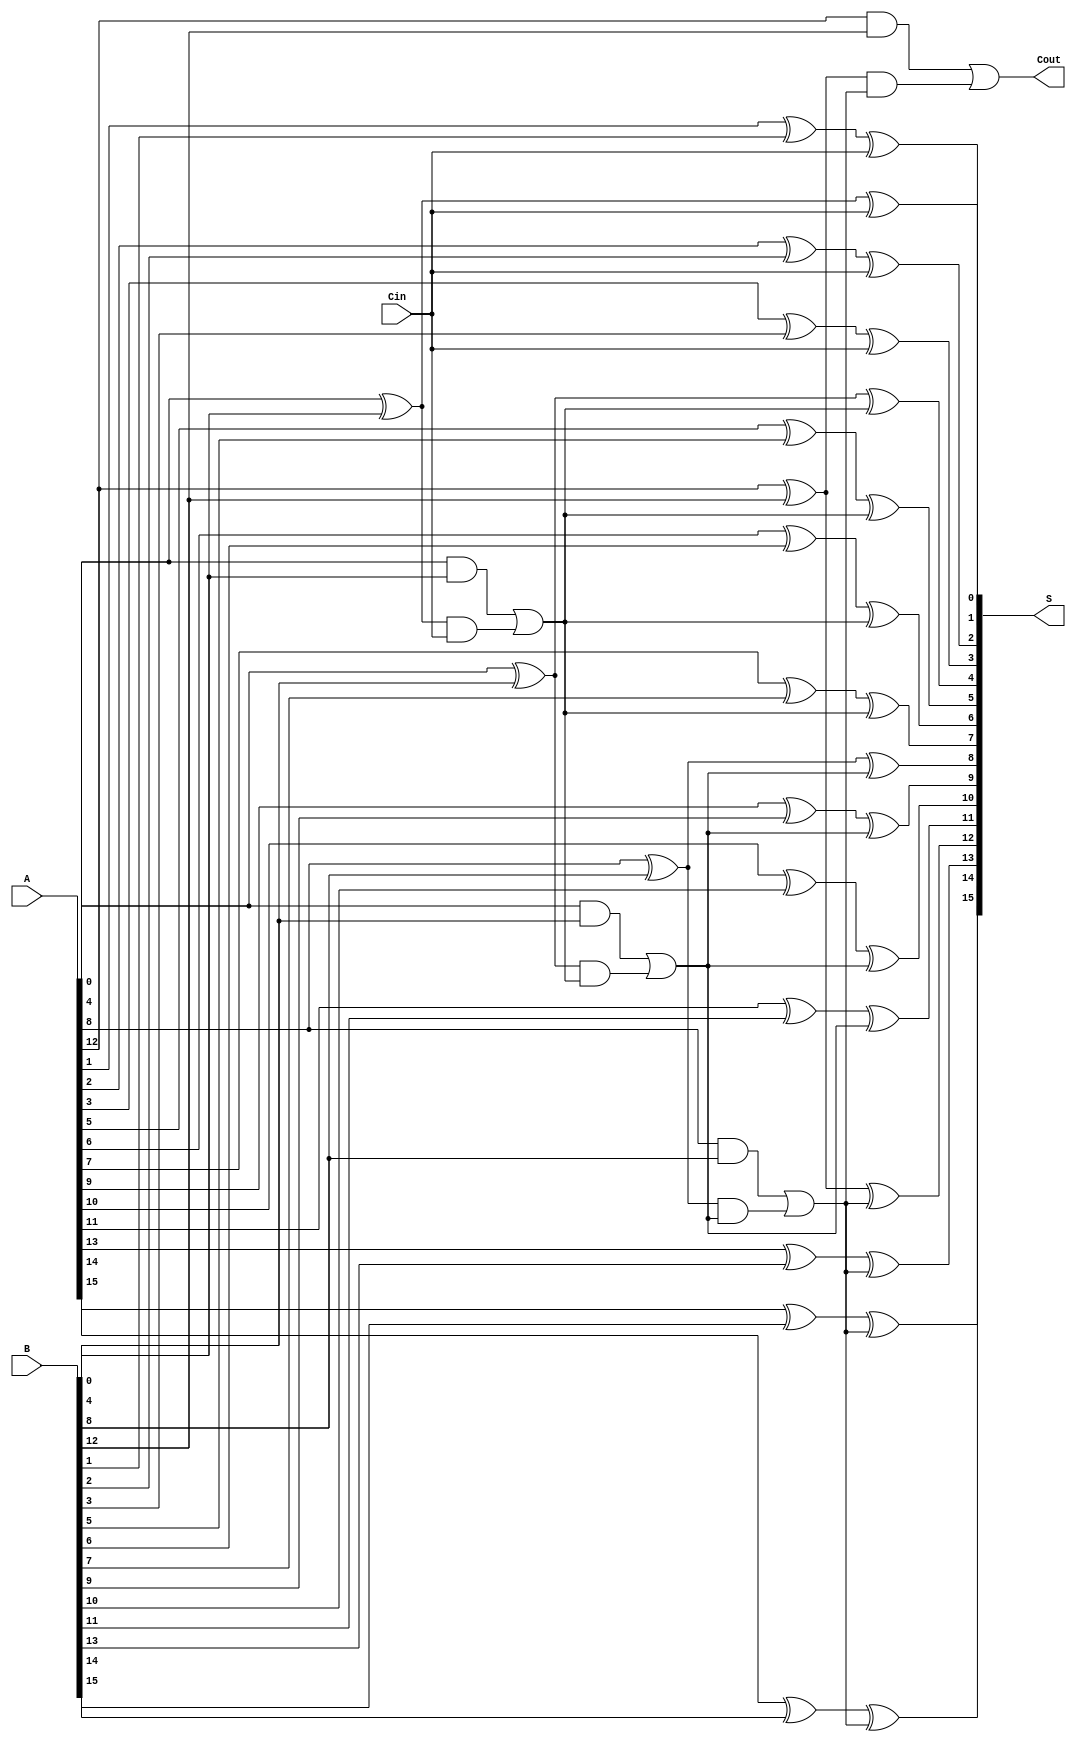
module han_carlson_adder #(parameter N = 16, parameter BLOCK_SIZE = 4) (
    input  [N-1:0] A,
    input  [N-1:0] B,
    input          Cin,
    output [N-1:0] S,
    output         Cout
);

    // Number of blocks
    localparam NUM_BLOCKS = N / BLOCK_SIZE;

    // Generate and propagate signals
    wire [BLOCK_SIZE-1:0] G [0:NUM_BLOCKS-1]; // Generate signals
    wire [BLOCK_SIZE-1:0] P [0:NUM_BLOCKS-1]; // Propagate signals
    wire [NUM_BLOCKS:0] C; // Carry signals

    // Generate and propagate logic for each block
    genvar i, j;
    generate
        for (i = 0; i < NUM_BLOCKS; i = i + 1) begin : block
            for (j = 0; j < BLOCK_SIZE; j = j + 1) begin : bit
                assign G[i][j] = A[i*BLOCK_SIZE + j] & B[i*BLOCK_SIZE + j]; // Generate
                assign P[i][j] = A[i*BLOCK_SIZE + j] ^ B[i*BLOCK_SIZE + j]; // Propagate
            end
        end
    endgenerate

    // Carry computation
    assign C[0] = Cin; // Initial carry-in
    generate
        for (i = 0; i < NUM_BLOCKS; i = i + 1) begin : carry
            if (i == 0) begin
                assign C[i + 1] = G[i] | (P[i] & C[i]); // First block carry
            end else begin
                assign C[i + 1] = G[i] | (P[i] & C[i]); // Subsequent blocks carry
            end
        end
    endgenerate

    // Sum calculation
    generate
        for (i = 0; i < NUM_BLOCKS; i = i + 1) begin : sum
            for (j = 0; j < BLOCK_SIZE; j = j + 1) begin : bit
                assign S[i*BLOCK_SIZE + j] = P[i][j] ^ C[i]; // Sum output
            end
        end
    endgenerate

    // Final carry-out
    assign Cout = C[NUM_BLOCKS];

endmodule